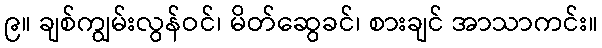
၉။ ချစ်ကျွမ်းလွန်ဝင်၊ မိတ်ဆွေခင်၊ စားချင် အာသာကင်း။